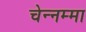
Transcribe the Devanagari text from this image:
चेन्‍नम्‍मा